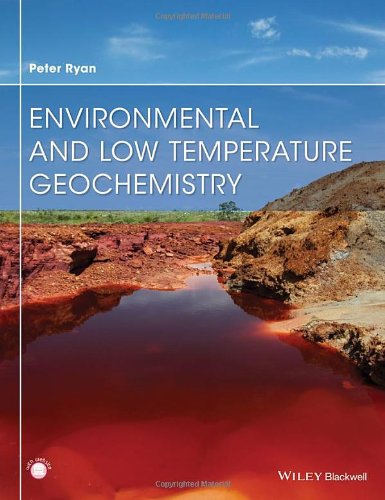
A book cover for Environmental and Low Temperature Geochemistry; Peter Ryan; Science & Math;